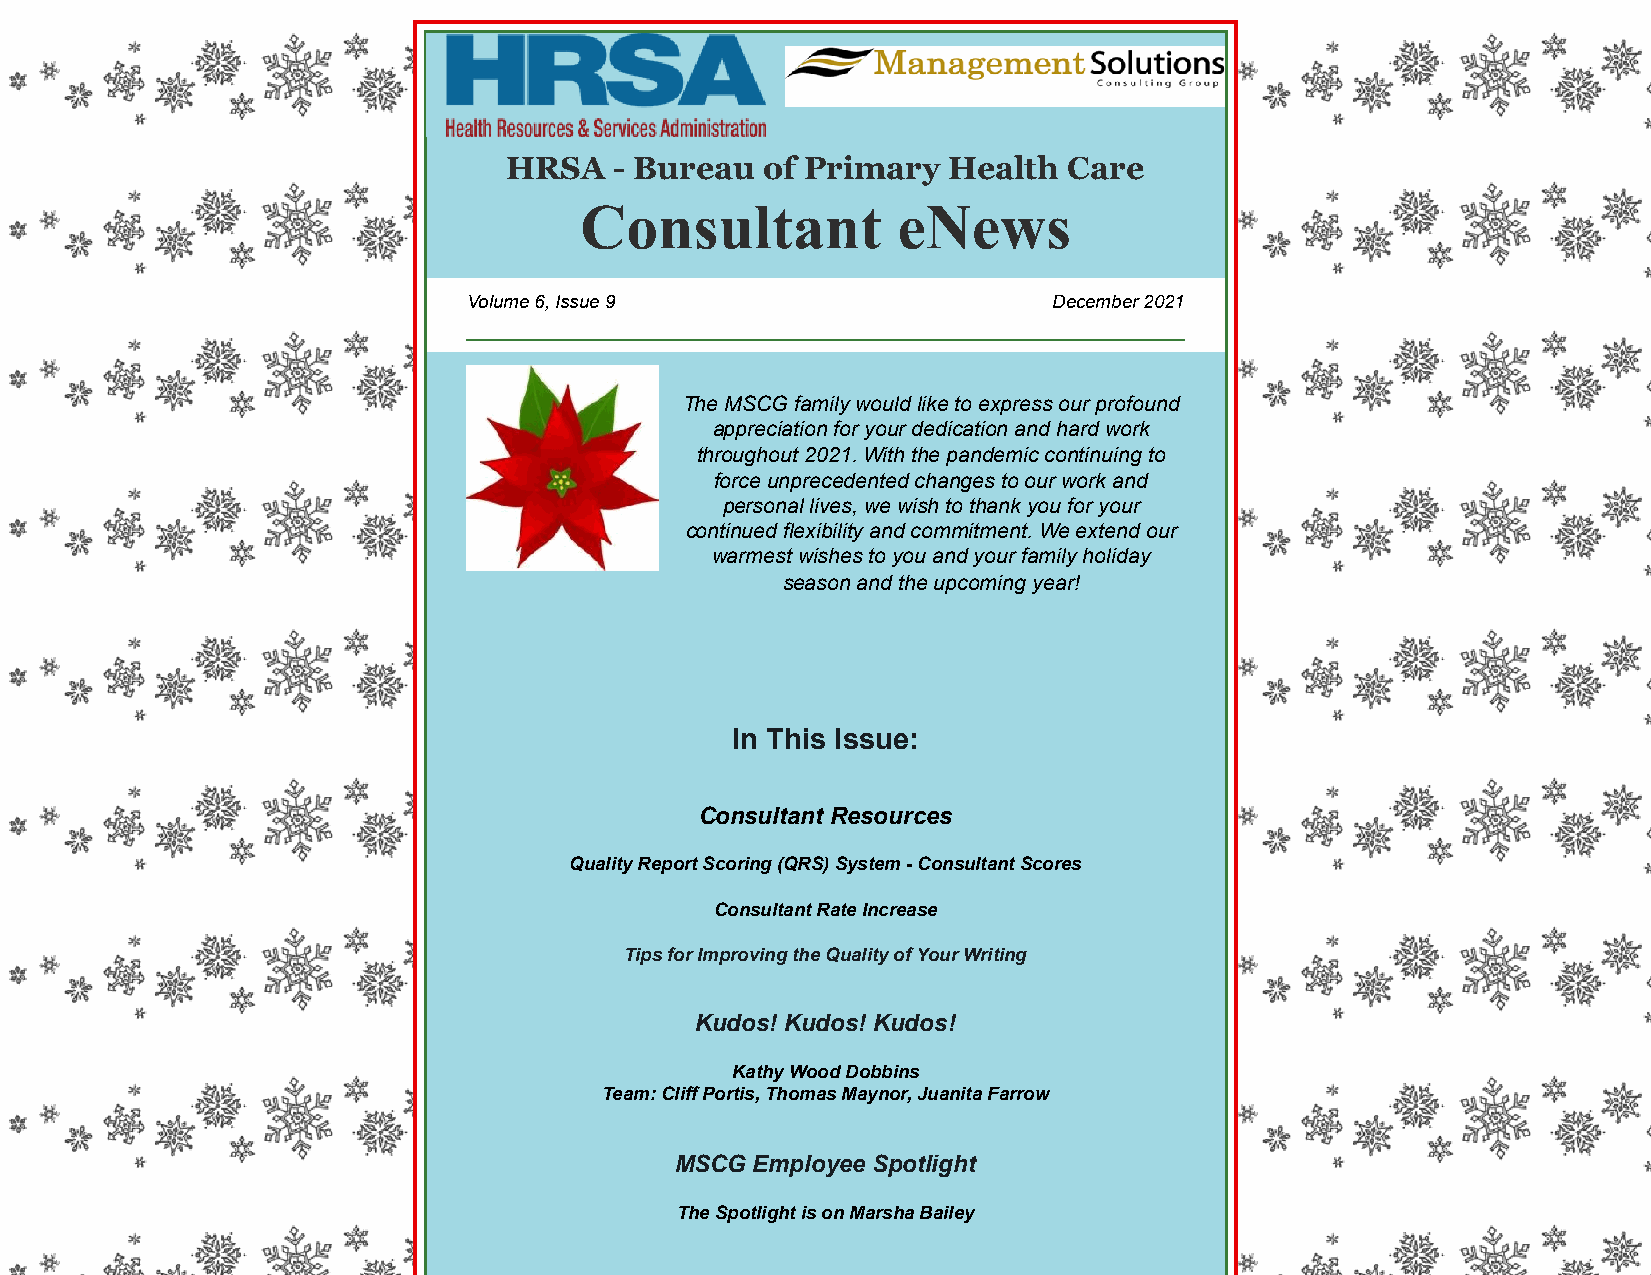
HRSA    - Bureau  of Primary  Health  Care
 Consultant           eNews
 Volume 6, Issue 9                      December 2021
 The MSCG family would like to express our profound
 appreciation for your dedication and hard work
 throughout 2021. With the pandemic continuing to
 force unprecedented changes to our work and
 personal lives, we wish to thank you for your
 continued flexibility and commitment. We extend our
 warmest wishes to you and your family holiday
 season and the upcoming year!
 In This Issue:
 Consultant Resources
 Quality Report Scoring (QRS) System - Consultant Scores
 Consultant Rate Increase
 Tips for Improving the Quality of Your Writing
 Kudos! Kudos! Kudos!
 Kathy Wood Dobbins
 Team: Cliff Portis, Thomas Maynor, Juanita Farrow
 MSCG Employee Spotlight
 The Spotlight is on Marsha Bailey